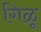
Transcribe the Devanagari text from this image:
गिळू